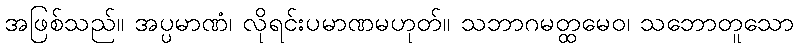
အဖြစ်သည်။ အပ္ပမာဏံ၊ လိုရင်းပမာဏမဟုတ်။ သဘာဂမတ္ထမေဝ၊ သဘောတူသော